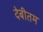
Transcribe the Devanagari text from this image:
देबीतम